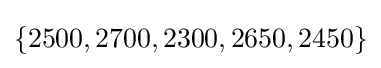
\{2500,2700,2300,2650,2450\}